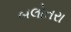
બલોતરા